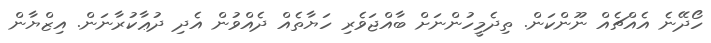
ހޯދޭނެ އެއްޗެއް ނޫންކަން. ތިދެމީހުންނަށް ބާއްޖަވެރި ހަޔާތެއް ދެއްވުން އެދި ދުޢާކުރާނަން. އިޒްޔާން